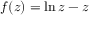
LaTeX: f ( z ) = \ln { z } - z